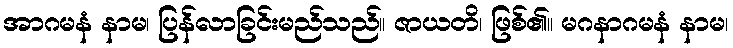
အာဂမနံ နာမ၊ ပြန်လာခြင်းမည်သည်။ ဇာယတိ၊ ဖြစ်၏။ မဂနာဂမနံ နာမ၊